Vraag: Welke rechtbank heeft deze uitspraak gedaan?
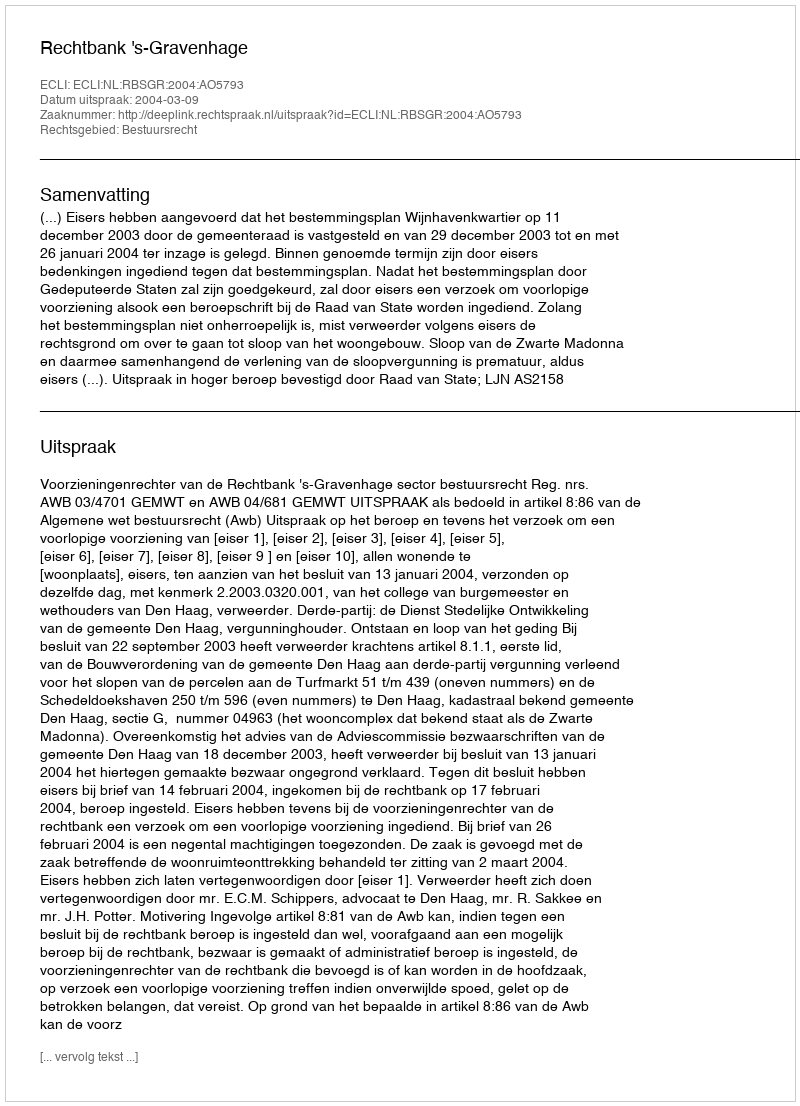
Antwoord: Rechtbank 's-Gravenhage